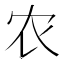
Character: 农